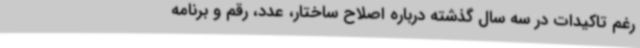
رغم تاکیدات در سه سال گذشته درباره اصلاح ساختار، عدد، رقم و برنامه